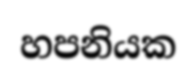
හපනියක